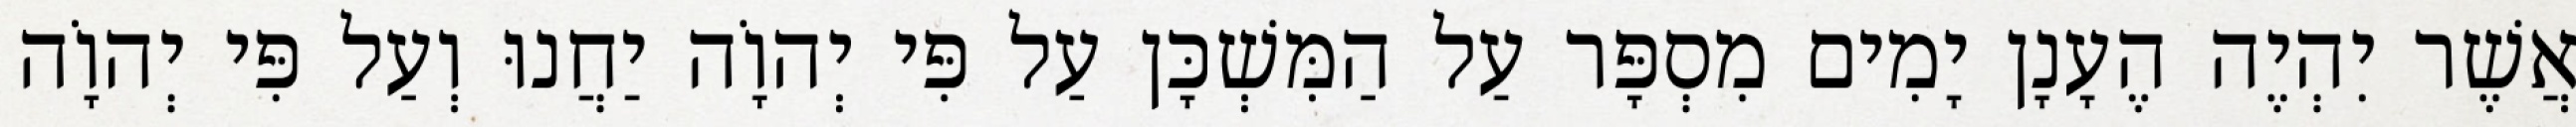
אֲשֶׁר יִהְיֶה הֶעָנָן יָמִים מִסְפָּר עַל הַמִּשְׁכָּן עַל פִּי יְהוָֹה יַחֲנוּ וְעַל פִּי יְהוָֹה